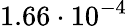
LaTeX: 1.66\cdot 10^{-4}